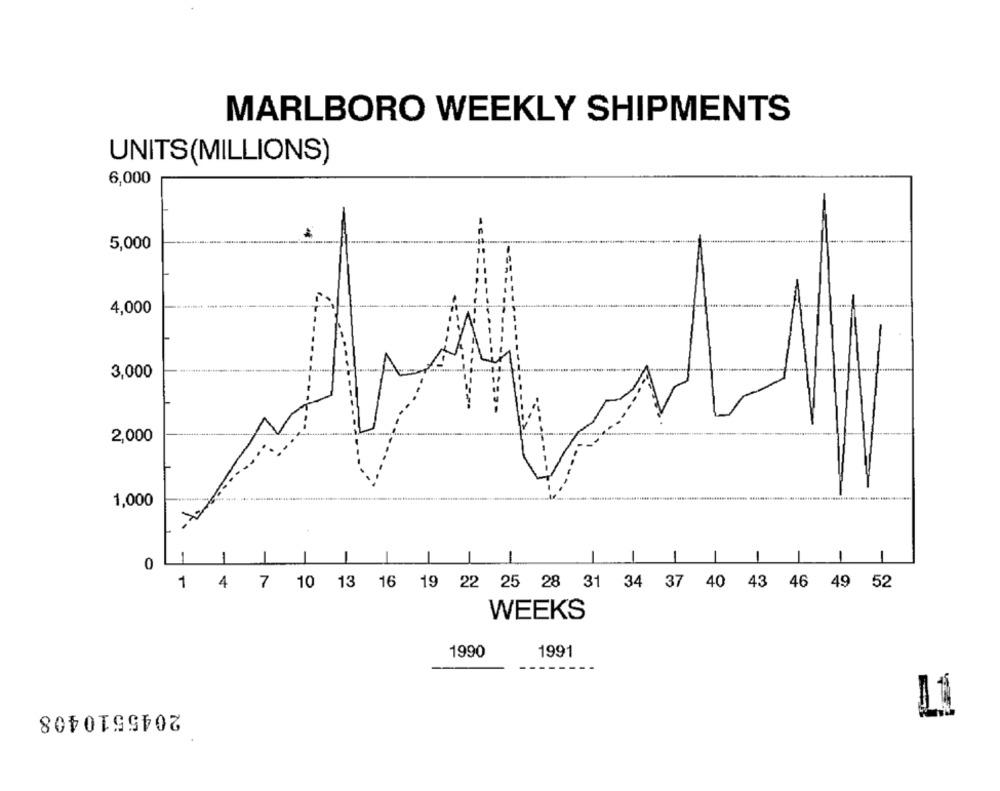
MARLBORO WEEKLY SHIPMENTS
UNITS(MILLIONS)
6,000
5,000
4,000
3,000
2,000
1,000
1
0
1 4 7 10 13 16 19 22 25 28 31 34 37 40 43 46 49 52
WEEKS
1990
1991
2045510408
11